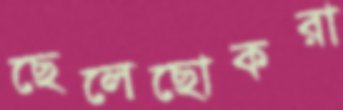
ছেলেছোকরা